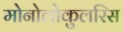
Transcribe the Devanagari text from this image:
मोनोलोकुलरिस